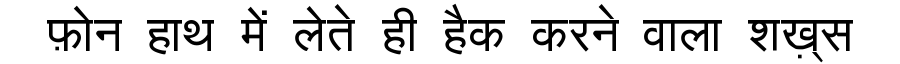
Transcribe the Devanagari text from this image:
फ़ोन हाथ में लेते ही हैक करने वाला शख़्स